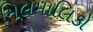
મિલમાલિકો